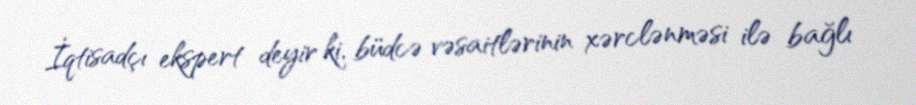
İqtisadçı ekspert deyir ki, büdcə vəsaitlərinin xərclənməsi ilə bağlı